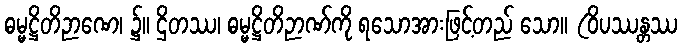
ဓမ္မဋ္ဌိတိဉာဏေ၊ ၌။ ဌိတဿ၊ ဓမ္မဋ္ဌိတိဉာဏ်ကို ရသောအားဖြင့်တည် သော။ (ဝိပဿန္တဿ